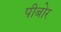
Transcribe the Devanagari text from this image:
पीबोर